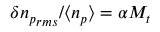
\delta { n _ { p } } _ { r m s } / \langle n _ { p } \rangle = \alpha M _ { t }